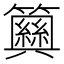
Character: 𥷞